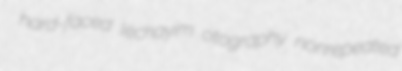
hard-faced lechayim otography nonrepeated